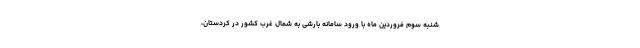
شنبه سوم فروردین ماه با ورود سامانه بارشی به شمال غرب کشور در کردستان،